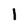
Character: I